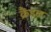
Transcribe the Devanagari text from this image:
क्रैंडल